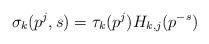
LaTeX: \begin{align*} \sigma_{k}(p^j,s) = \tau_{k}(p^j) H_{k,j}(p^{-s})\end{align*}